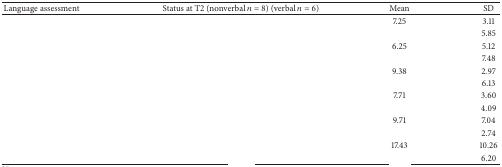
<table><thead><tr><td><b>Language assessment</b></td><td><b>Status at T2 (nonverbal <i>n</i> = 8) (verbal <i>n</i> = 6)</b></td><td><b>Mean</b></td><td><b>SD</b></td></tr></thead><tbody><tr><td rowspan="2">[EMPTY_CELL]</td><td>[EMPTY_CELL]</td><td>7.25</td><td>3.11</td></tr><tr><td>[EMPTY_CELL]</td><td>[EMPTY_CELL]</td><td>5.85</td></tr><tr><td rowspan="2">[EMPTY_CELL]</td><td>[EMPTY_CELL]</td><td>6.25</td><td>5.12</td></tr><tr><td>[EMPTY_CELL]</td><td>[EMPTY_CELL]</td><td>7.48</td></tr><tr><td rowspan="2">[EMPTY_CELL]</td><td>[EMPTY_CELL]</td><td>9.38</td><td>2.97</td></tr><tr><td>[EMPTY_CELL]</td><td>[EMPTY_CELL]</td><td>6.13</td></tr><tr><td rowspan="2">[EMPTY_CELL]</td><td>[EMPTY_CELL]</td><td>7.71</td><td>3.60</td></tr><tr><td>[EMPTY_CELL]</td><td>[EMPTY_CELL]</td><td>4.09</td></tr><tr><td rowspan="2">[EMPTY_CELL]</td><td>[EMPTY_CELL]</td><td>9.71</td><td>7.04</td></tr><tr><td>[EMPTY_CELL]</td><td>[EMPTY_CELL]</td><td>2.74</td></tr><tr><td rowspan="2">[EMPTY_CELL]</td><td>[EMPTY_CELL]</td><td>17.43</td><td>10.26</td></tr><tr><td>[EMPTY_CELL]</td><td>[EMPTY_CELL]</td><td>6.20</td></tr></tbody></table>